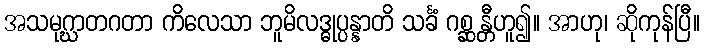
အသမုဂ္ဃာတဂတာ ကိလေသာ ဘူမိလဒ္ဓုပ္ပန္နာတိ သင်္ခံ ဂစ္ဆန္တီဟူ၍။ အာဟု၊ ဆိုကုန်ပြီ။